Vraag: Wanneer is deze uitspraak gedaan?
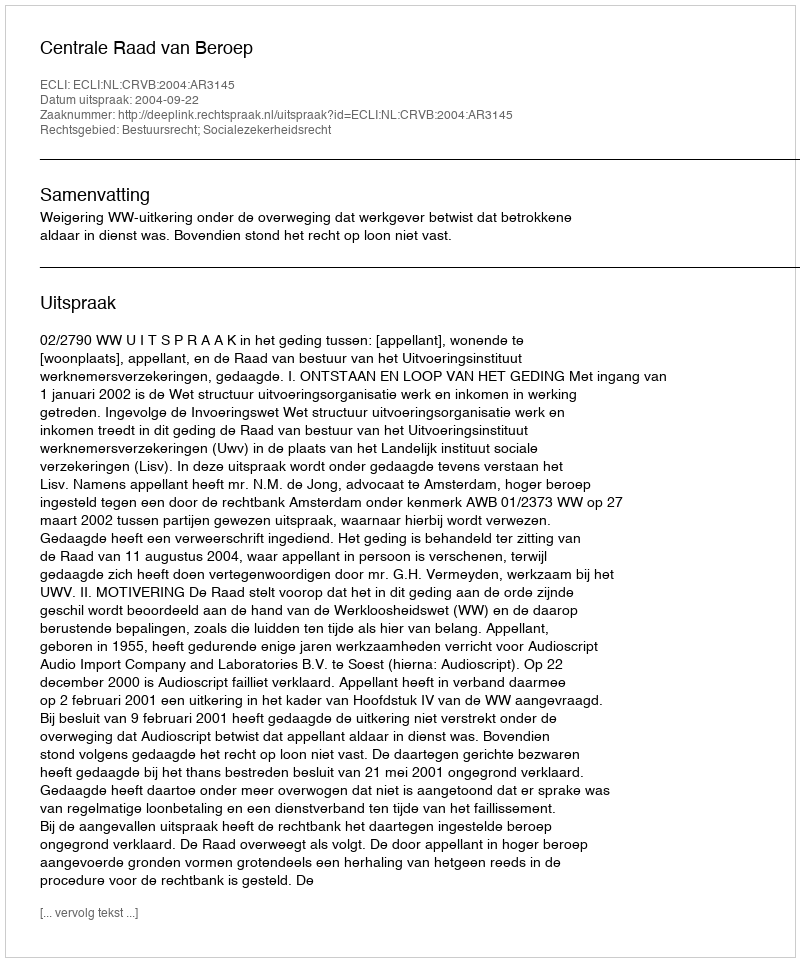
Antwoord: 2004-09-22